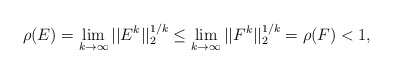
\begin{align*}\rho(E) = \lim_{k\to\infty} ||E^k||_2^{1/k}\le \lim_{k\to\infty} ||F^k||_2^{1/k} = \rho(F) < 1,\end{align*}